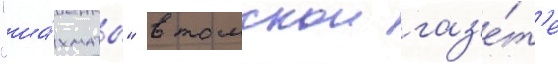
"ша́хматы" в томскои газ'е́т'е